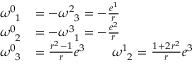
{ \begin{array} { r l } { \omega _ { \; \; 1 } ^ { 0 } } & { = - \omega _ { \; \; 3 } ^ { 2 } = - { \frac { e ^ { 1 } } { r } } } \\ { \omega _ { \; \; 2 } ^ { 0 } } & { = - \omega _ { \; \; 1 } ^ { 3 } = - { \frac { e ^ { 2 } } { r } } } \\ { \omega _ { \; \; 3 } ^ { 0 } } & { = { \frac { r ^ { 2 } - 1 } { r } } e ^ { 3 } \quad \quad \omega _ { \; \; 2 } ^ { 1 } = { \frac { 1 + 2 r ^ { 2 } } { r } } e ^ { 3 } } \end{array} }